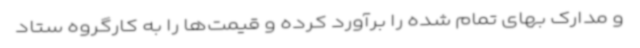
و مدارک بهای تمام شده را برآورد کرده و قیمت‌ها را به کارگروه ستاد